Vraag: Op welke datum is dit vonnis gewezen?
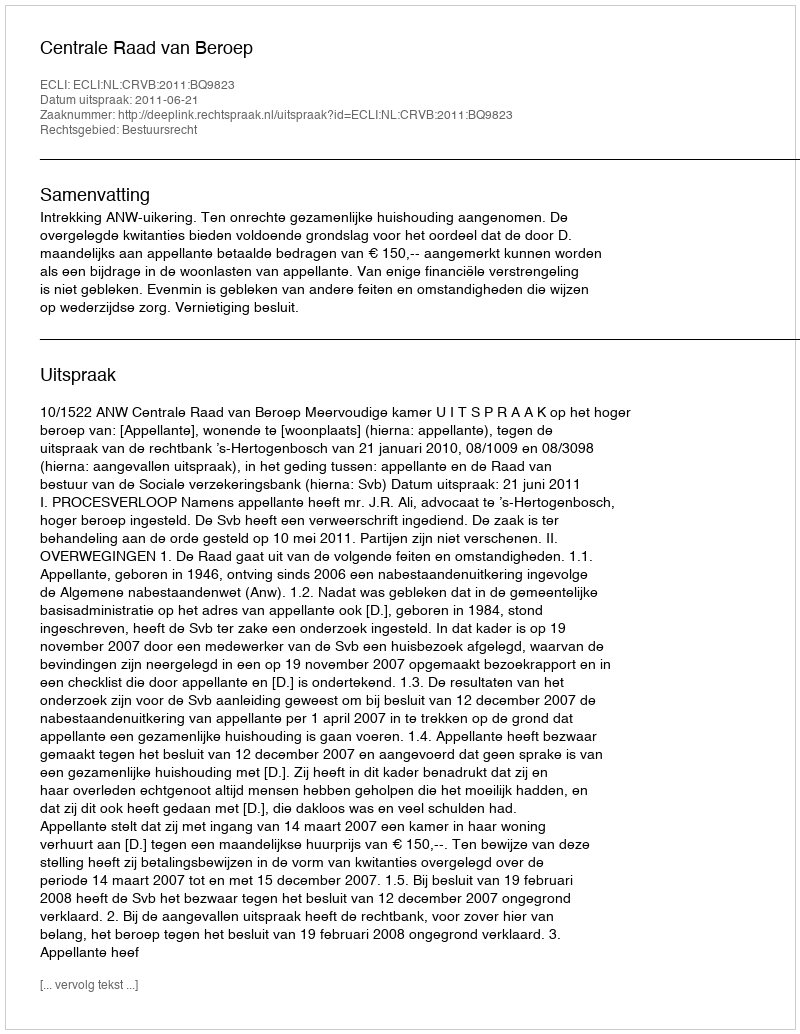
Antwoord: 2011-06-21